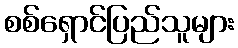
စစ်ရှောင်ပြည်သူများ